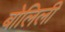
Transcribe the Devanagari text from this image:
बोलिली